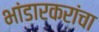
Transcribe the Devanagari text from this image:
भांडारकरांचा